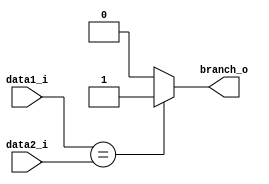
module Eq(
	data1_i,
	data2_i,
	branch_o
);
input [31:0]   data1_i;
input [31:0]   data2_i;
output reg    branch_o;
always@(*)begin
	if(data1_i == data2_i)
		branch_o = 1;
	else
		branch_o = 0;
end

endmodule